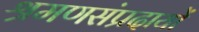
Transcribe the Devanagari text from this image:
श्रमणसंप्रदायों